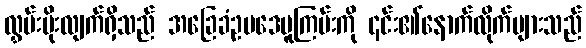
လွှမ်းမိုးလျက်ရှိသည် အခြေခံဥပဒေမူကြမ်းကို ၎င်း၏နောက်လိုက်များသည်